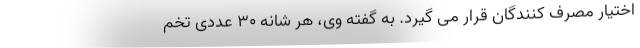
اختیار مصرف کنندگان قرار می گیرد. به گفته وی، هر شانه ۳۰ عددی تخم